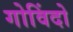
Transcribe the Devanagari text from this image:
गोविंदो